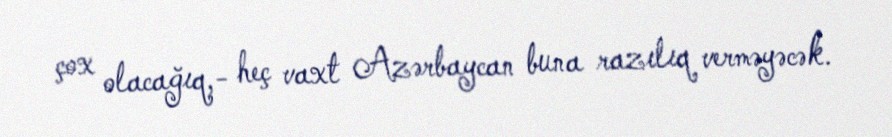
çox olacağıq,- heç vaxt Azərbaycan buna razılıq verməyəcək.